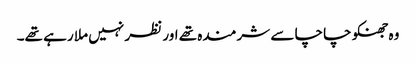
وہ جھنکو چاچا سے شرمندہ تھے اور نظر نہیں ملا رہے تھے۔